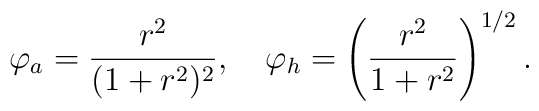
\varphi_{a}=\frac{r^{2}}{(1+r^{2})^{2}},\quad\varphi_{h}=\left(\frac{r^{2}}{1+r^{2}}\right)^{1/2}.